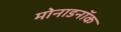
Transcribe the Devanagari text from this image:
मोनाडनॉक